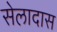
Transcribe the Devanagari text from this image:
सेलादास